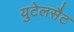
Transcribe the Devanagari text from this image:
युटेलसैट